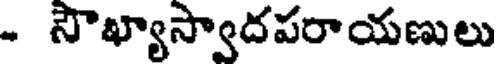
- సౌఖ్యాస్వాదపరాయణులు